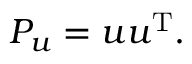
P _ { u } = u u ^ { \mathrm { T } } .